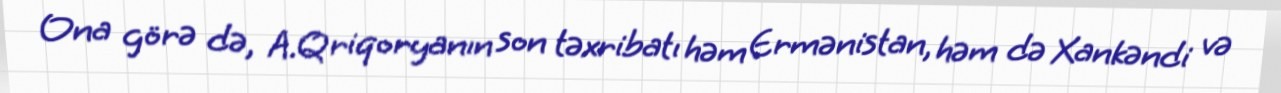
Ona görə də, A.Qriqoryanın son təxribatı həm Ermənistan, həm də Xankəndi və